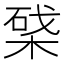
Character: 𣕥